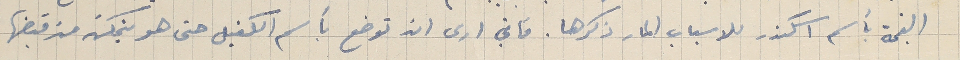
القيمة بأسم اسكندر للاسباب المار ذكرها. فاني ارى ان توضع بأسم الكفيل حتى هو يتمكن من قبضها